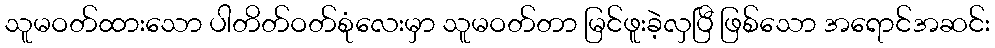
သူမဝတ်ထားသော ပါတိတ်ဝတ်စုံလေးမှာ သူမဝတ်တာ မြင်ဖူးခဲ့လှပြီ ဖြစ်သော အရောင်အဆင်း